Vabadussoja_Ajaloo_Komitee, lk 13
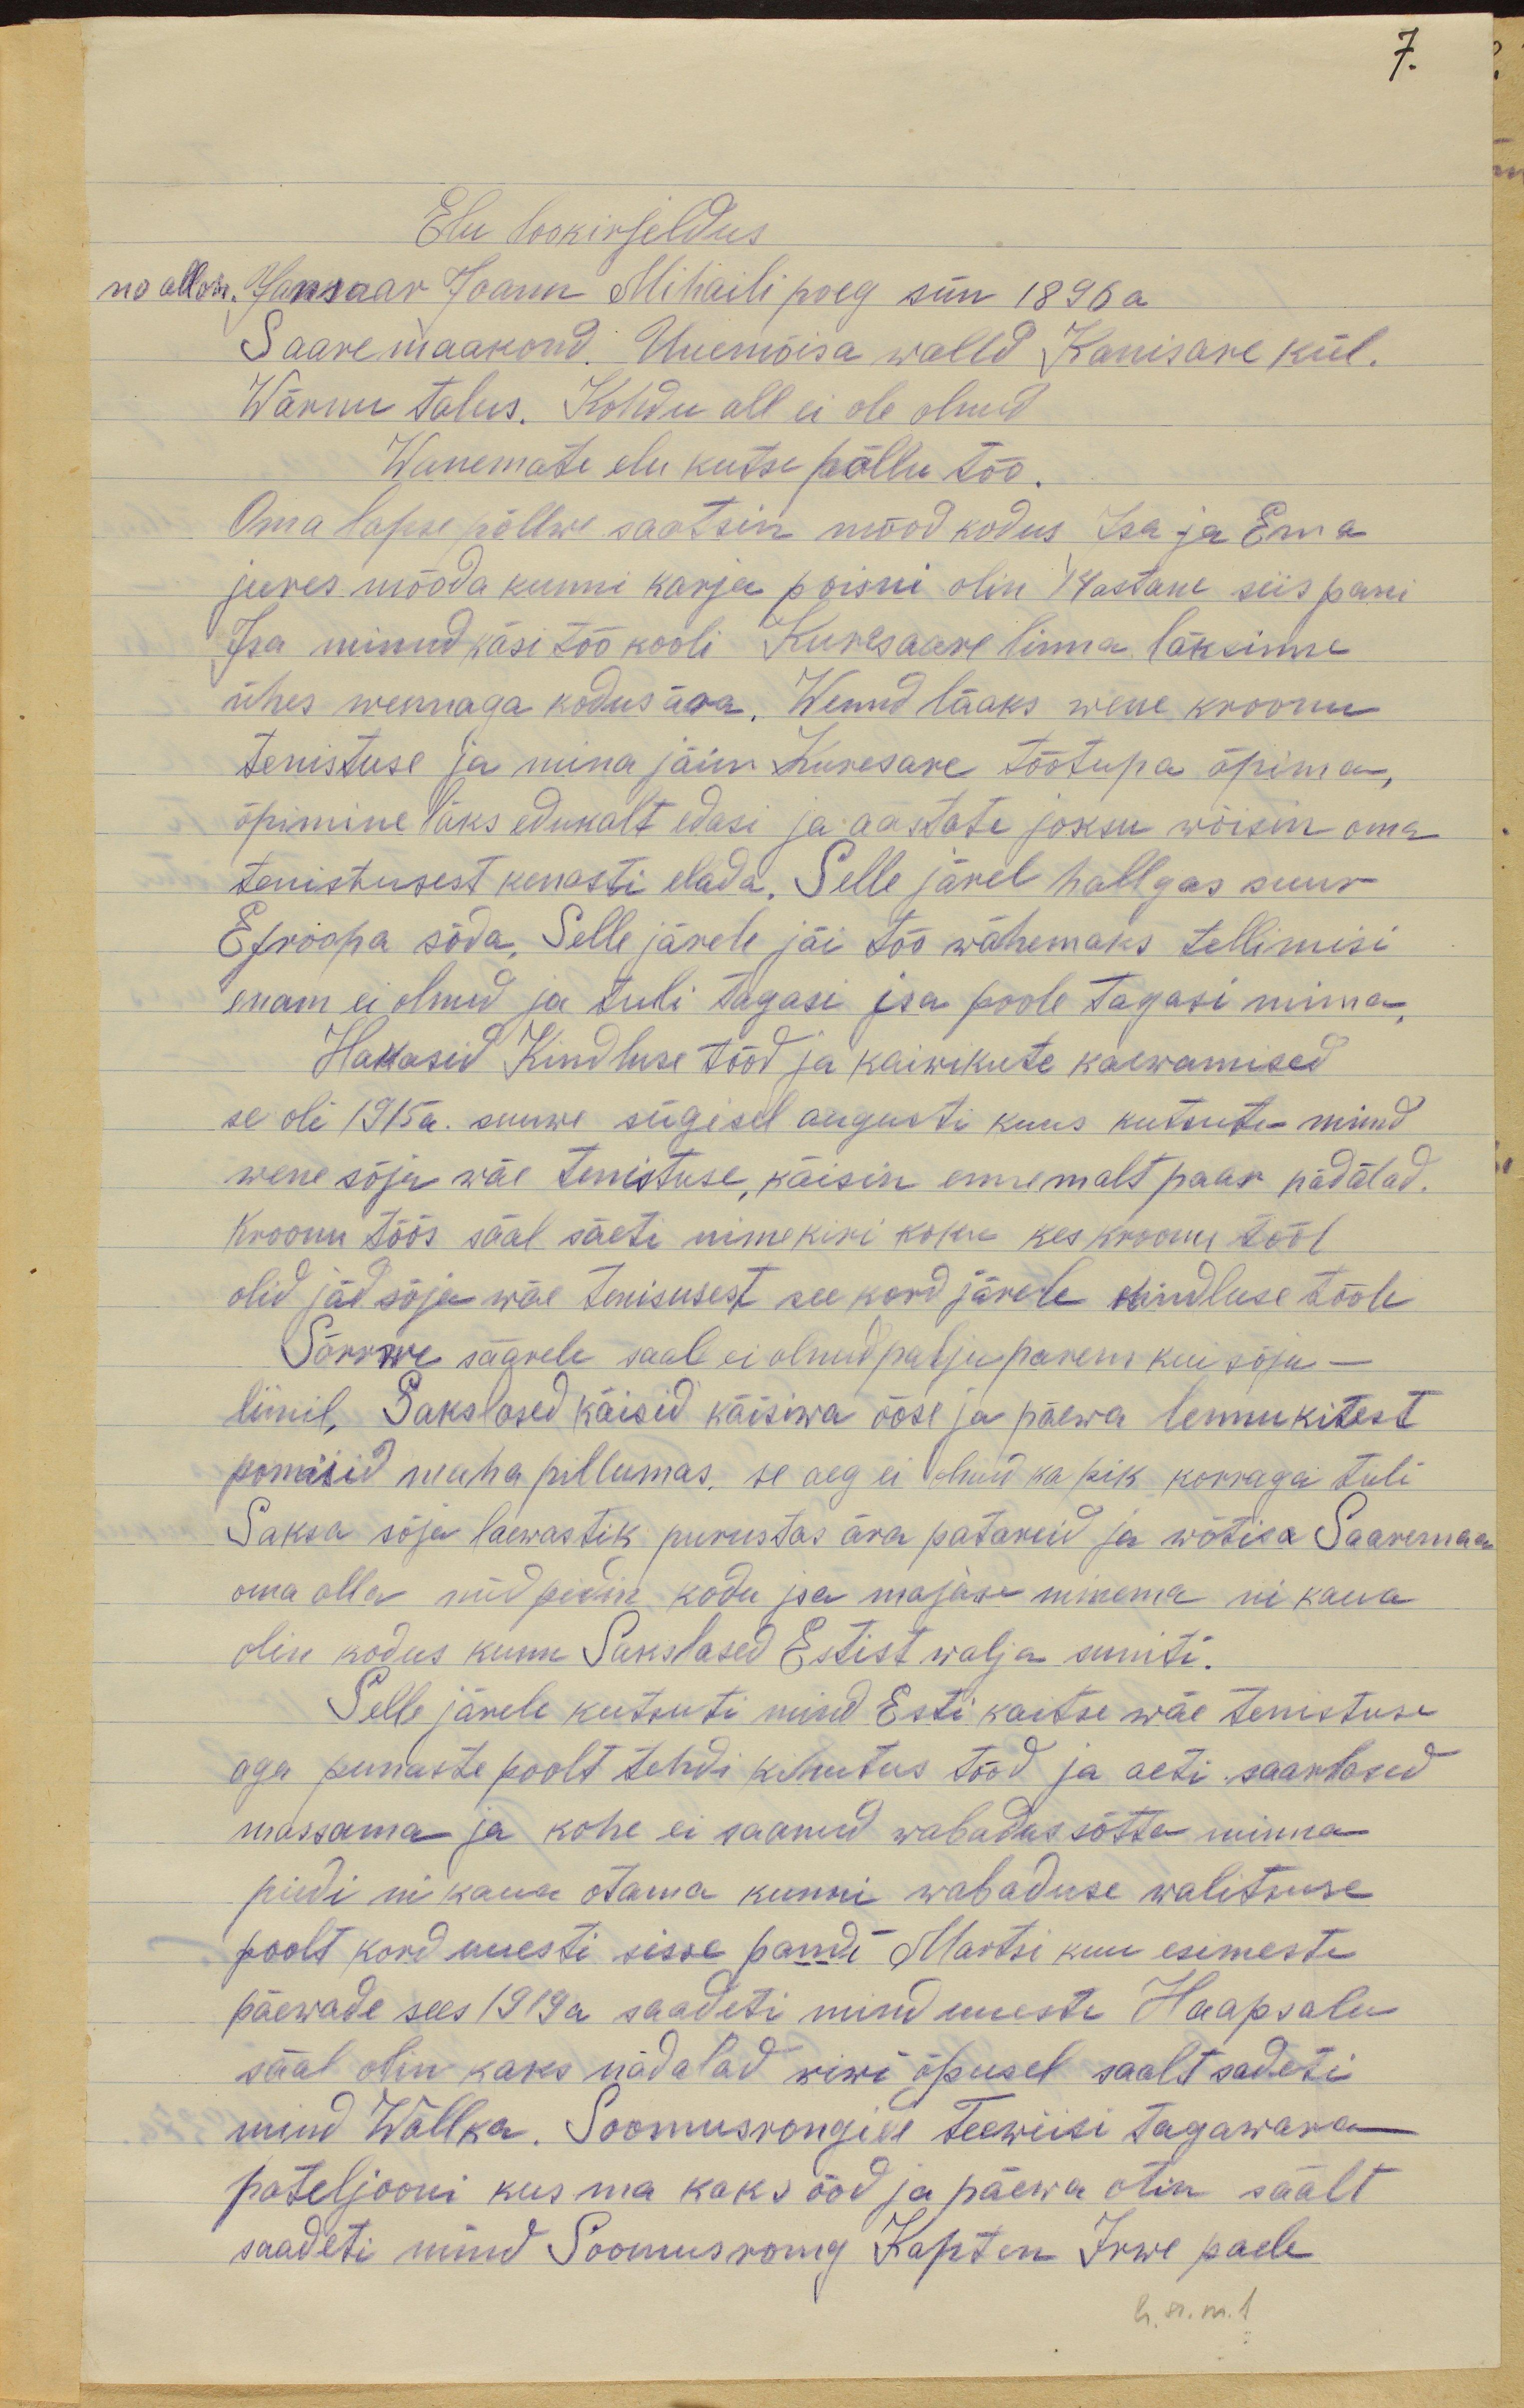
Elu lookirjeldus
no allow. Jansaar Joann Mihaili poeg sün 1896a
Saare maakond. Uuemõisa wald Kanisare kül.
Wännu talus. Kohdu all ei ole olnud
Wanemate elu kutse põllutöö.
Oma lapse põllwe saatsin mööd kodus Isa ja Ema
jures mööda kunni karja poisni olin 14astane siis pani
Isa minnd käsi töö kooli Kuresaare linna läksime
ühes wennaga kodus ära. Wennd läaks wene kroonu
tenistuse ja mina jäin Kuresare töötupa õpima,
õpimine läks edukalt edasi ja aastate joksu wõisin oma
tenistusest kenasti elada. Selle järel hallgas suur
Efroopa sõda. Selle järele jäi töö wähemaks tellimisi
enam ei olnud ja tuli tagasi jsa poole tagasi minna.
Hakasid Kindluse tööd ja kaiwikute kaewamised
se oli 1915a. suuwe sügisel augusti kuus kutsuti mind
wene sõja wäe tenistuse, käisin ennemalt paar nädalad.
Kroonu töös sääl säeti nimekiri koku kes kroonu tööl
olid jäd sõja wäe tenistusest see kord järele kindluse tööle
Sõrrwe saarele saal ei olnud palju parem kui sõja-
liinil, Sakslased käisid käisiwa ööse ja päewa lennukitest
pomisid maha pillumas, se aeg ei olnud ka pik korraga tuli
Saksa sõja laewastik purustas ära patareid ja wõtisa Saaremaa
oma alla nüd pidin kodu isa majase minema ni kaua
olin kodus kuni Sakslased Estist walja suniti.
Selle järele kutsuti mind Esti kaitse wäe tenistuse
aga punaste poolt tehdi kihutus tööd ja aeti saarlased
massama ja kohe ei saanud wabadus sõtta minna
pidi ni kaua otama kunni wabaduse walitsuse
poolt kord uuesti sisse pandi Martsi kuu esimeste
päewade sees 1919a saadeti mind uuesti Haapsalu
sääl olin kaks nädalad riwi õpusel saalt sadeti
mind Walka. Soomusrongide Teewiisi Tagawara
pateljooni kus ma kaks ööd ja päewa olin säält
saadeti mind Soomusrong Kapten Irwe paele